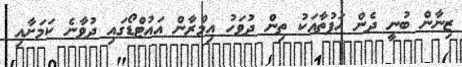
ޒިނާން ބުނީ ދެން ހަފުތާއަކު ތިން ދުވަހު އިމްރާން އައުޓްޑޯގައި ދުވާނެ ކަމަށާއި